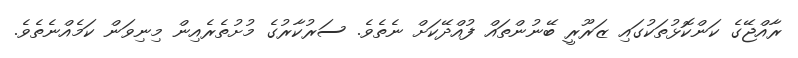
ރާއްޖޭގެ ކަންކޮޅުތަކުގައި ޒަރޫރީ ބޭނުންތައް ފުއްދޭކަށް ނެތެވެ. ސަރުކާރުގެ މުށުތެރެއިން މިނިވަން ކަމެއްނެތެވެ.